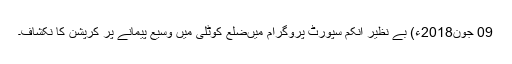
09 جون2018ء) بے نظیر انکم سپورٹ پروگرام میںضلع کوٹلی میں وسیع پیمانے پر کرپشن کا نکشاف۔